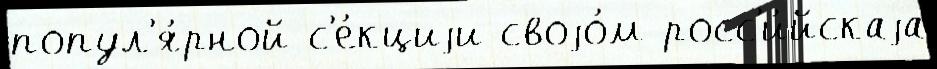
попул'я́рной с'е́кциjи своjо́м росс'и́йскаjа